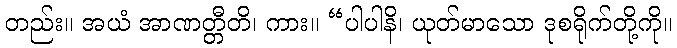
တည်း။ အယံ အာဏတ္တီတိ၊ ကား။ “ပါပါနိ၊ ယုတ်မာသော ဒုစရိုက်တို့ကို။